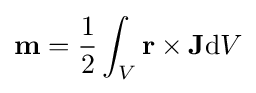
\mathbf {m} ={\frac {1}{2}}\int _{V}\mathbf {r} \times \mathbf {J} \mathrm {d} V